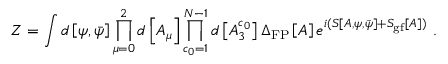
Z = \int d \left[ \psi , \bar { \psi } \right] \prod _ { \mu = 0 } ^ { 2 } d \left[ A _ { \mu } \right] \prod _ { c _ { 0 } = 1 } ^ { N - 1 } d \left[ A _ { 3 } ^ { c _ { 0 } } \right] \Delta _ { \mathrm { F P } } \left[ A \right] e ^ { i ( S \left[ A , \psi , \bar { \psi } \right] + S _ { \mathrm { g f } } \left[ A \right] ) } \ .